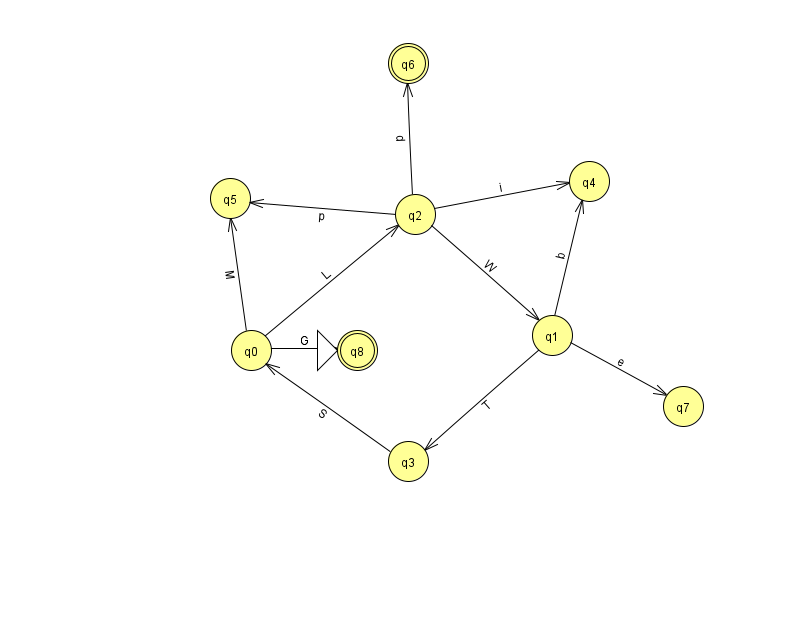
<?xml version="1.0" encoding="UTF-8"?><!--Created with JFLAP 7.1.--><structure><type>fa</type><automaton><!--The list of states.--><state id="0" name="q0"><x>251.0</x><y>337.0</y></state><state id="1" name="q1"><x>552.0</x><y>322.0</y></state><state id="2" name="q2"><x>415.0</x><y>201.0</y></state><state id="3" name="q3"><x>408.0</x><y>448.0</y></state><state id="4" name="q4"><x>589.0</x><y>168.0</y></state><state id="5" name="q5"><x>230.0</x><y>185.0</y></state><state id="6" name="q6"><x>408.0</x><y>50.0</y><final/></state><state id="7" name="q7"><x>683.0</x><y>393.0</y></state><state id="8" name="q8"><x>357.0</x><y>337.0</y><initial/><final/></state><!--The list of transitions.--><transition><from>0</from><to>5</to><read>M</read></transition><transition><from>2</from><to>6</to><read>d</read></transition><transition><from>1</from><to>3</to><read>T</read></transition><transition><from>0</from><to>8</to><read>G</read></transition><transition><from>2</from><to>5</to><read>p</read></transition><transition><from>0</from><to>2</to><read>L</read></transition><transition><from>2</from><to>1</to><read>W</read></transition><transition><from>2</from><to>4</to><read>i</read></transition><transition><from>3</from><to>0</to><read>S</read></transition><transition><from>1</from><to>4</to><read>b</read></transition><transition><from>1</from><to>7</to><read>e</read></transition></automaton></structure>